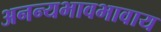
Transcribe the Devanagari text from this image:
अनन्यभावभावाय